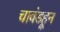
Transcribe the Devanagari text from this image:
चावंडहून